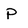
Character: P